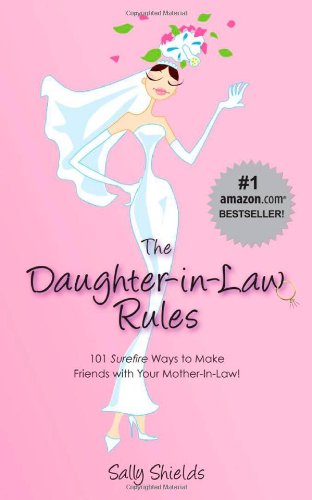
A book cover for The Daughter-in-Law Rules: 101 Surefire Ways to Make Friends with Your Mother-In-Law!; Sally Shields; Crafts, Hobbies & Home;